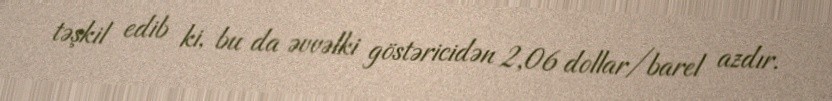
təşkil edib ki, bu da əvvəlki göstəricidən 2,06 dollar/barel azdır.